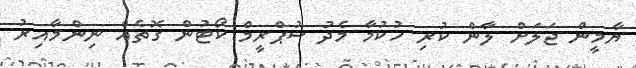
ޔާމީން ޖަލަށް ލާން ކުރި ހުކުމާ މެދު ސުޕްރީމް ކޯޓުން ގޮތެއް ނިންމާއިރު